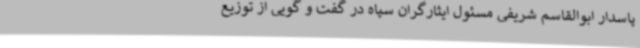
پاسدار ابوالقاسم شریفی مسئول ایثارگران سپاه در گفت و گویی از توزیع